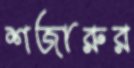
শজারুর